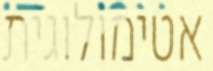
אטימולוגית